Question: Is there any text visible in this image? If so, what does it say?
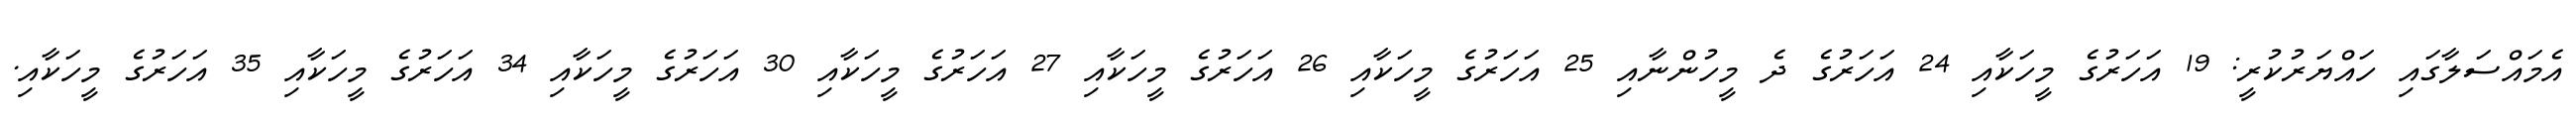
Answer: އެމައްސަލާގައި ހައްޔަރުކުރީ: 19 އަހަރުގެ މީހަކާއި 24 އަހަރުގެ ދެ މީހުންނާއި 25 އަހަރުގެ މީހަކާއި 26 އަހަރުގެ މީހަކާއި 27 އަހަރުގެ މީހަކާއި 30 އަހަރުގެ މީހަކާއި 34 އަހަރުގެ މީހަކާއި 35 އަހަރުގެ މީހަކާއި.